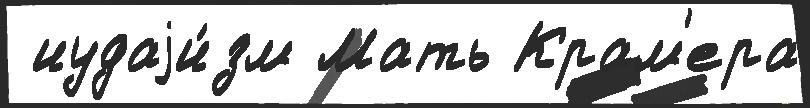
 иудаjи́зм Мать Крам'ера